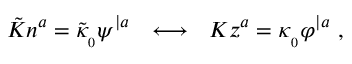
\tilde { \cal K } n ^ { a } = { \tilde { \kappa } } _ { _ 0 } \psi ^ { | a } \ \ \longleftrightarrow \ \ { \cal K } z ^ { a } = \kappa _ { _ 0 } \varphi ^ { | a } \ ,